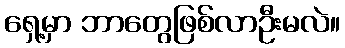
ရှေ့မှာ ဘာတွေဖြစ်လာဦးမလဲ။